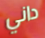
داني